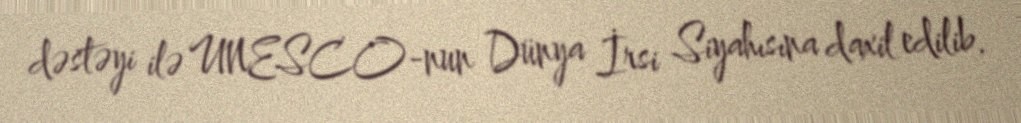
dəstəyi ilə UNESCO-nun Dünya İrsi Siyahısına daxil edilib.